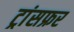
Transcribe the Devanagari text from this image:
ट्रांसफ्रर